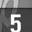
Digit: 5